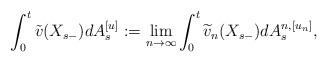
LaTeX: \begin{align*}\int_0^t\tilde v(X_{s-})dA_s^{[u]}:=\lim_{n\rightarrow\infty}\int_0^t{\widetilde v_n}(X_{s-})dA_s^{n,[u_n]},\end{align*}